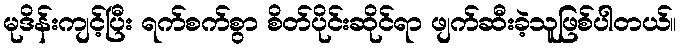
မုဒိန်းကျင့်ပြီး ရက်စက်စွာ စိတ်ပိုင်းဆိုင်ရာ ဖျက်ဆီးခဲ့သူဖြစ်ပါတယ်။